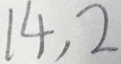
1 4 , 2